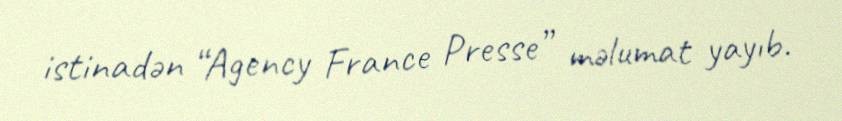
istinadən “Agency France Presse” məlumat yayıb.